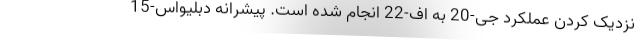
نزدیک کردن عملکرد جی-20 به اف-22 انجام شده است. پیشرانه دبلیواس-15